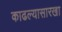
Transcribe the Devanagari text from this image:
काढल्यासारखा